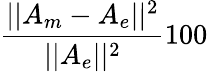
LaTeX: \frac{||A_{m}-A_{e}||^{2}}{||A_{e}||^{2}}100\